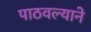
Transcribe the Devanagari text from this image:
पाठवल्याने